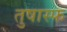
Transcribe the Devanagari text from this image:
तुषास्फ